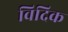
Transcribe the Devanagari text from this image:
विदिक